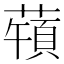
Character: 𦽀